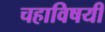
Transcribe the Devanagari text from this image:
चहाविषयी